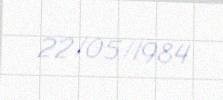
22/05/1984